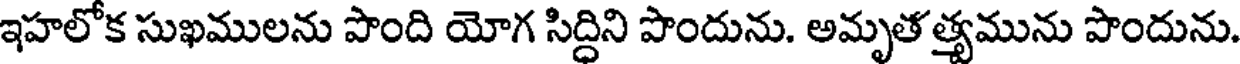
ఇహలోక సుఖములను పొంది యోగ సిద్ధిని పొందును. అమృత త్యమును పొందును.